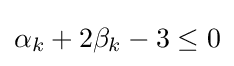
\alpha _{k}+2\beta _{k}-3\leq 0